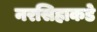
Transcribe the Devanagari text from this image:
नरसिहाकडे